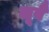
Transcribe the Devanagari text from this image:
लूवैं